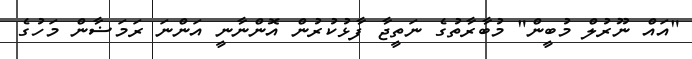
"އައް ނޫރުލް މުބީން" މުބާރާތުގެ ނަތީޖާ ފާޅުކުރުން އޮންނާނީ އަންނަ ރަމަޟާން މަހުގެ